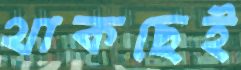
থাকছেই